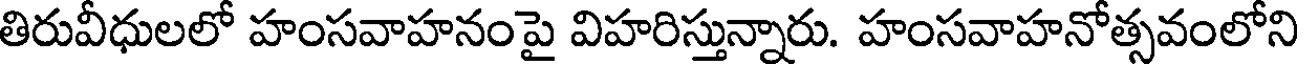
తిరువీధులలో హంసవాహనంపై విహరిస్తున్నారు. హంసవాహనోత్సవంలోని